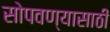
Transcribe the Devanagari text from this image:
सोपवण्यासाठी